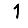
Digit: 1